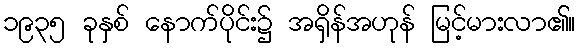
၁၉၃၅ ခုနှစ် နောက်ပိုင်း၌ အရှိန်အဟုန် မြင့်မားလာ၏။